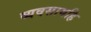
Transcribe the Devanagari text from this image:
व्यवसायहि